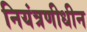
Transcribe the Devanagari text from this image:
नियंत्रणीधीन